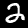
Label: 2